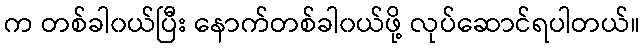
က တစ်ခါ၀ယ်ပြီး နောက်တစ်ခါ၀ယ်ဖို့ လုပ်ဆောင်ရပါတယ်။